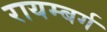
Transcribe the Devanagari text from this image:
रायम्बर्ग